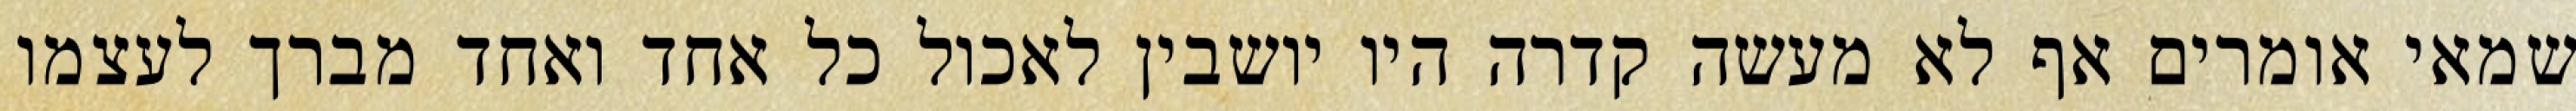
שמאי אומרים אף לא מעשה קדרה היו יושבין לאכול כל אחד ואחד מברך לעצמו